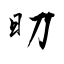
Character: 旫